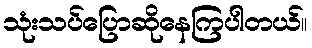
သုံးသပ်ပြောဆိုနေကြပါတယ်။